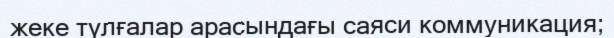
жеке түлғалар арасындағы саяси коммуникация;